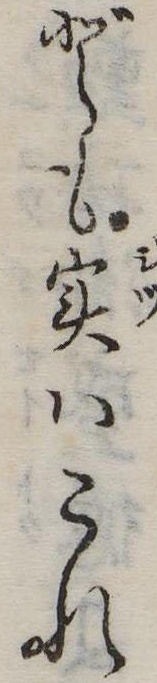
ども実はこれ